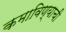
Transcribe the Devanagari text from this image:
कमाविण्याची